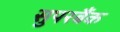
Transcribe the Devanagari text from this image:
सुपरबैंक